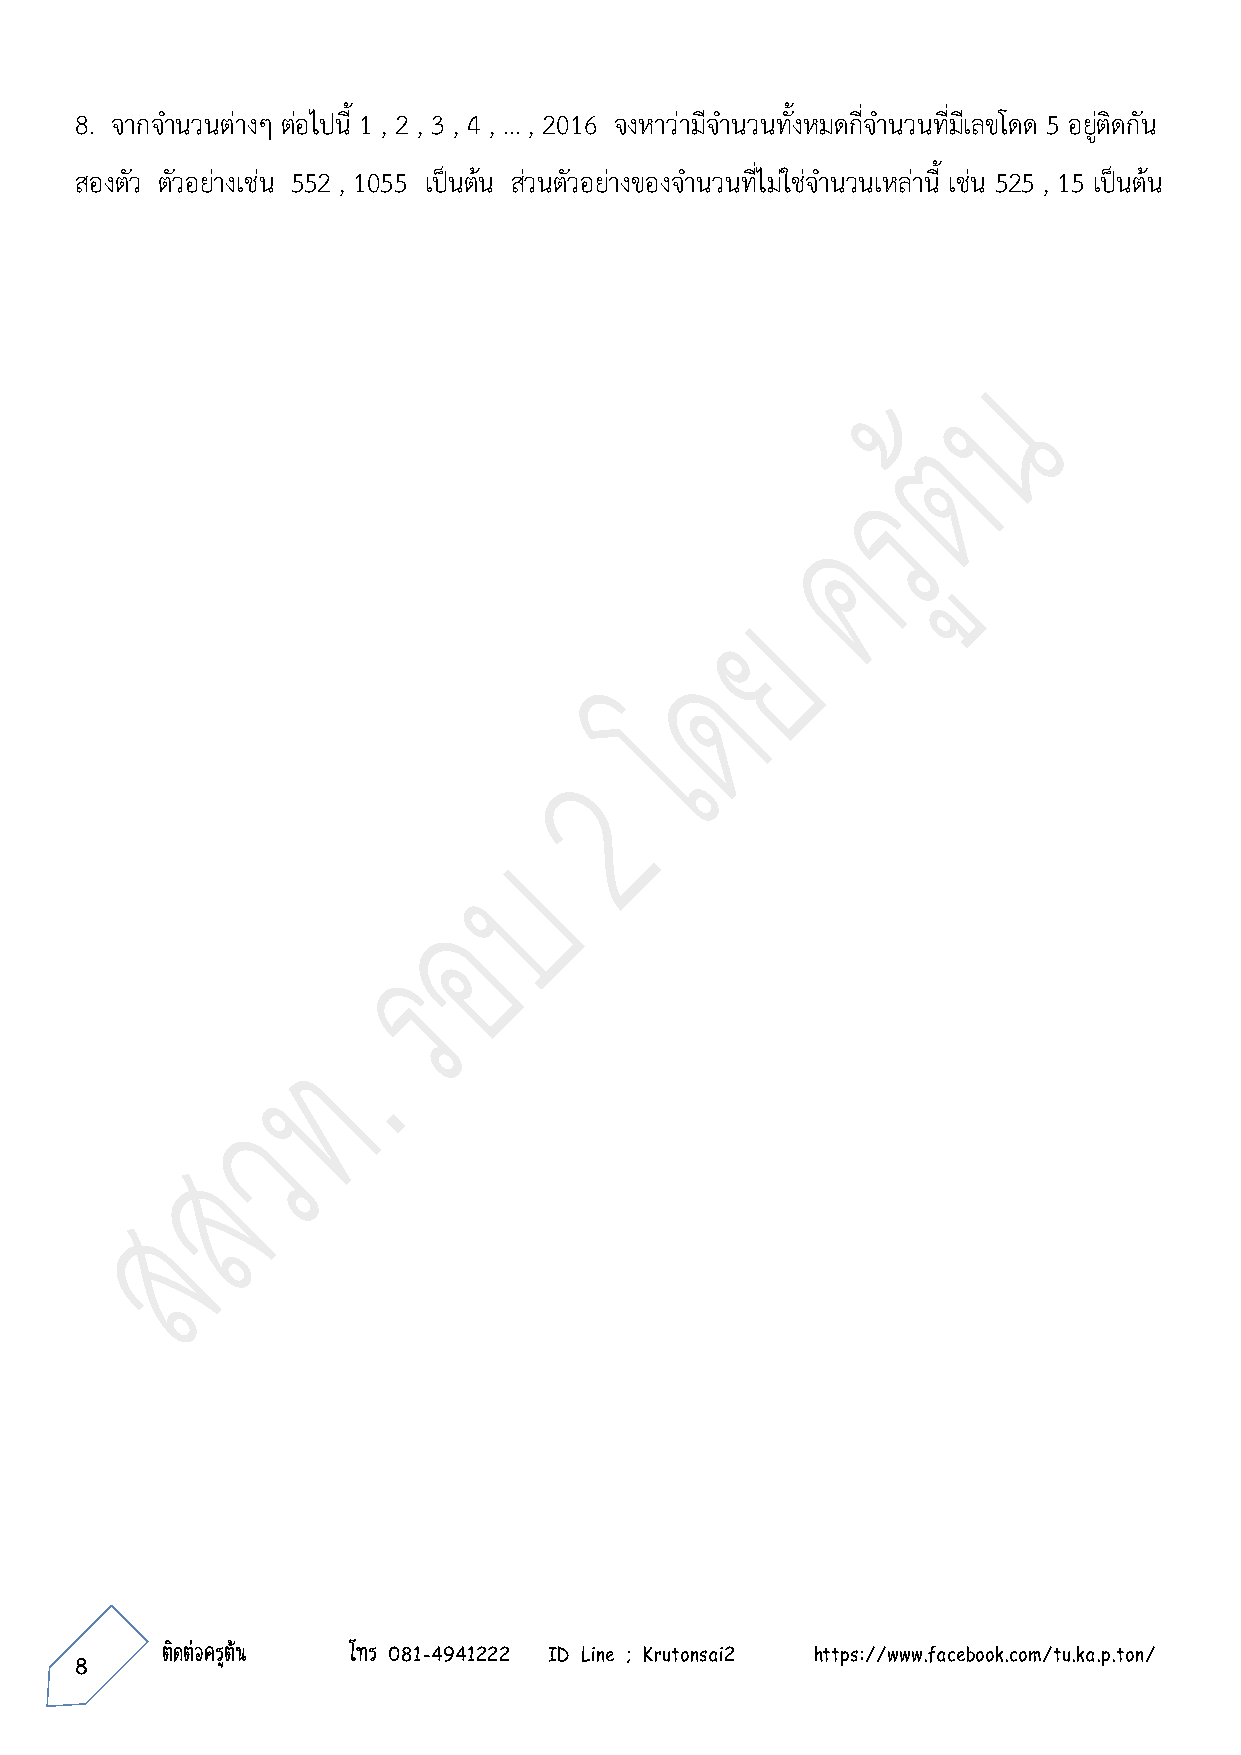
8. จากจ านวนต่างๆ ต่อไปนี้ 1 , 2 , 3 , 4 , … , 2016 จงหาว่ามีจ านวนทั้งหมดกี่จ านวนที่มีเลขโดด 5 อยู่ติดกัน
 สองตัว ตัวอย่างเช่น 552 , 1055 เป็นต้น ส่วนตัวอย่างของจ านวนที่ไม่ใช่จ านวนเหล่านี้ เช่น 525 , 15 เป็นต้น
 8~ 8 ~ ติดต่อครูต้น โทร 081-4941222 ID Line ; Krutonsai2 https://www.facebook.com/tu.ka.p.ton/